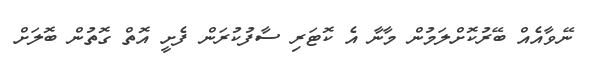
ނޭވާއެއް ބޭރުކޮށްލަމުން މާނާ އެ ކޮޓަރި ސާފުކުރަން ފެށީ އޮތް ގޮތުން ބޮލަށް